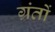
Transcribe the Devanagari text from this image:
ग्रंतों